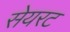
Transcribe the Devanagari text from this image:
सेयरट